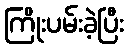
ကြိုးပမ်းခဲ့ပြီး